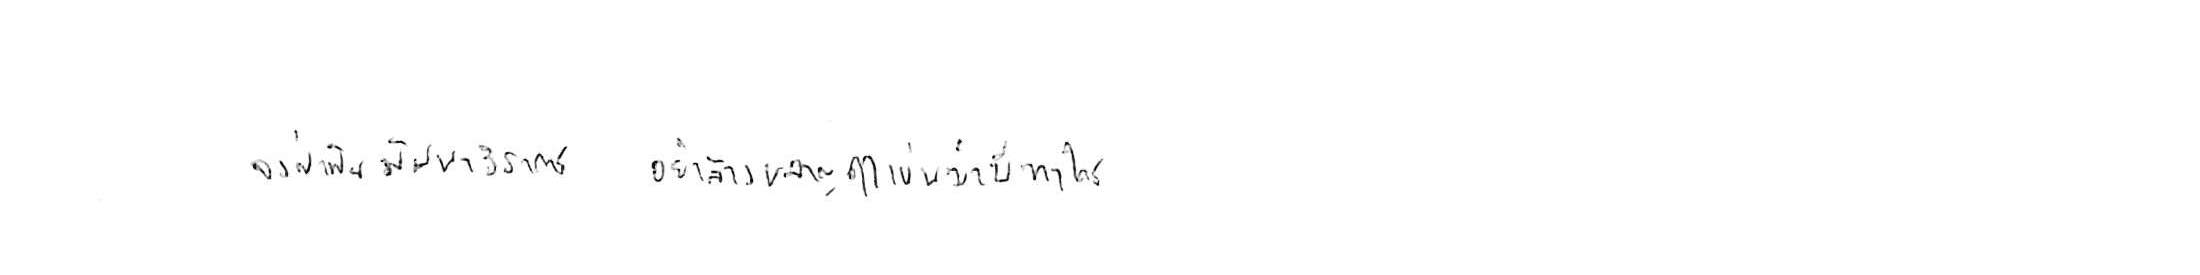
จงฝ่าฟันพัฒนาวิชาการ อย่าล้างผลาญฤๅเข่นฆ่าบีฑาใคร